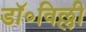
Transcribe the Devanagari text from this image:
डॉ॰विल्ली